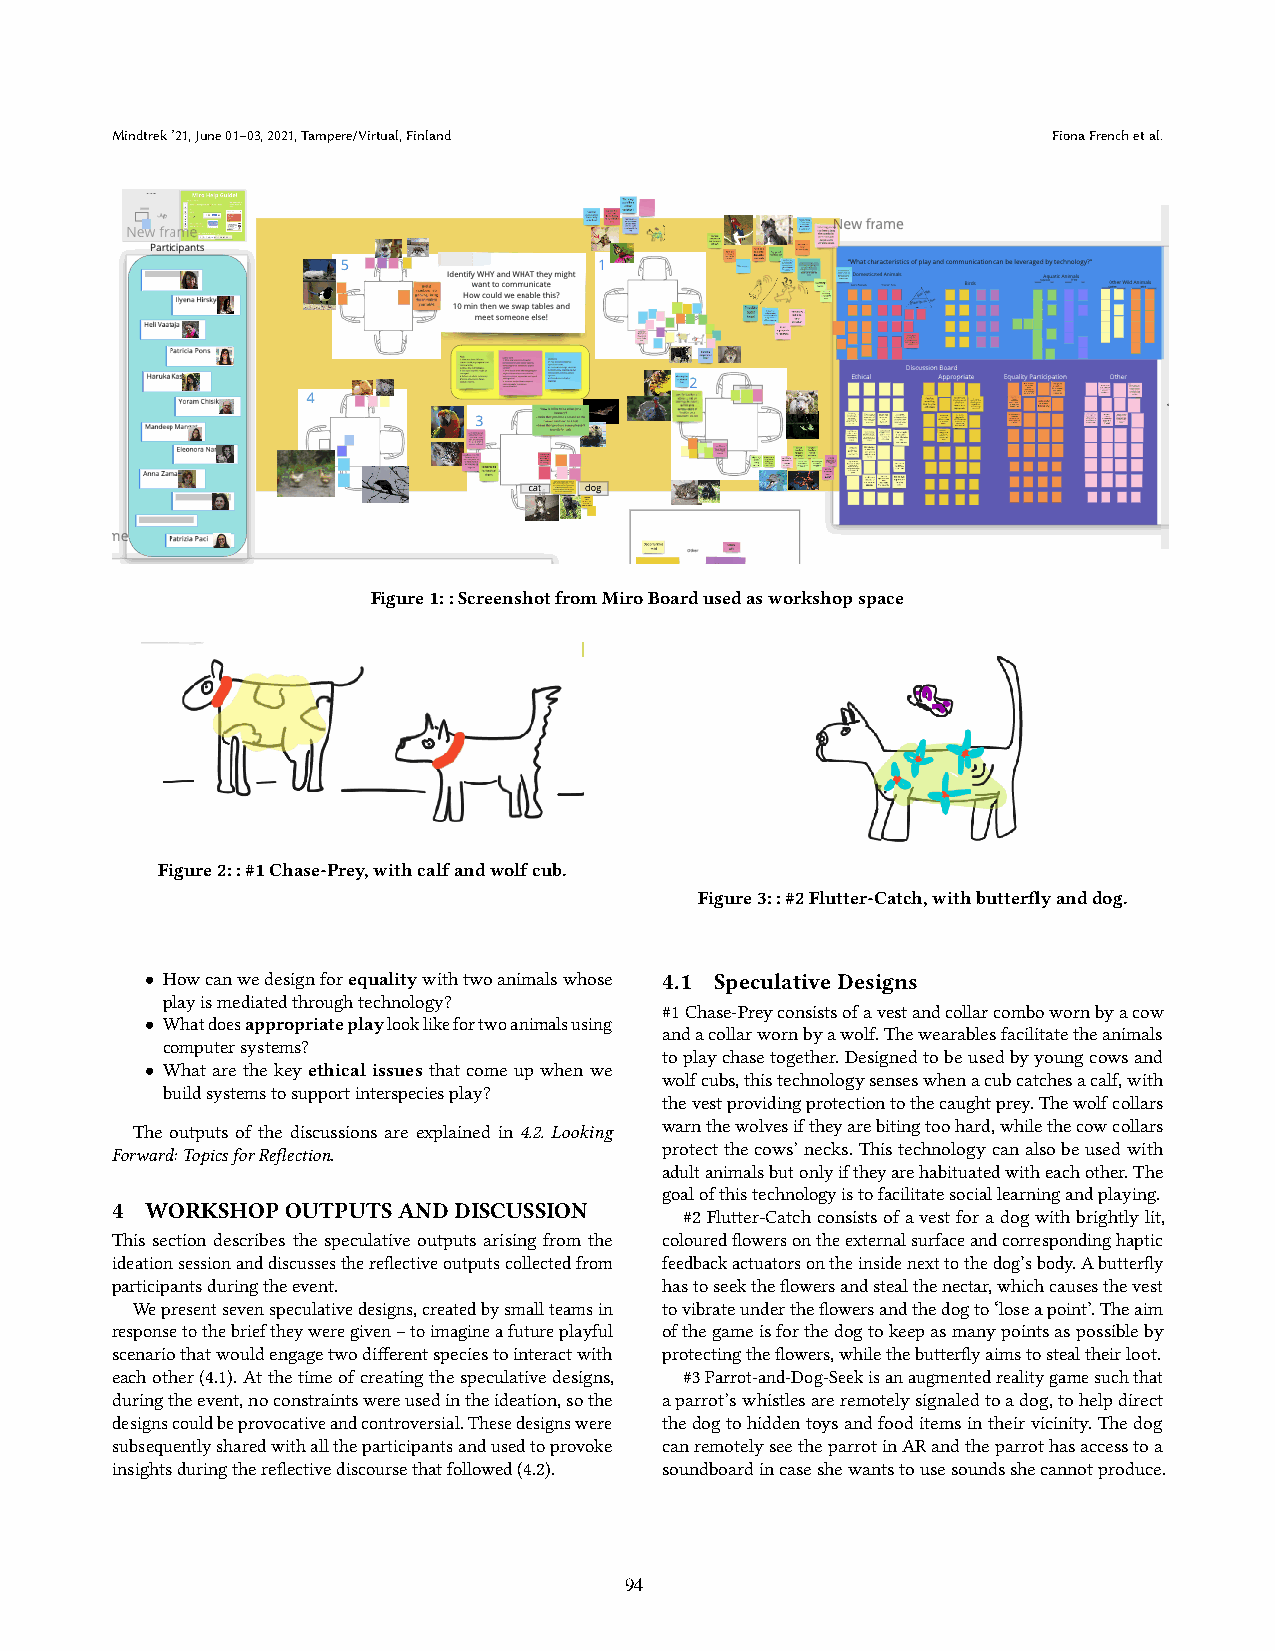
Mindtrek’21,June01–03,2021,Tampere/Virtual,Finland             FionaFrenchetal.
 Figure1::ScreenshotfromMiroBoardusedasworkshopspace
 Figure2::#1Chase-Prey,withcalfandwolfcub.
 Figure3::#2Flutter-Catch,withbutterflyanddog.
 • Howcanwedesignforequalitywithtwoanimalswhose 4.1 SpeculativeDesigns
 playismediatedthroughtechnology?
 #1Chase-Preyconsistsofavestandcollarcombowornbyacow
 • Whatdoesappropriateplaylooklikefortwoanimalsusing
 andacollarwornbyawolf.Thewearablesfacilitatetheanimals
 computersystems?
 toplaychasetogether.Designedtobeusedbyyoungcowsand
 • What are the key ethical issues that come up when we wolfcubs,thistechnologysenseswhenacubcatchesacalf,with
 buildsystemstosupportinterspeciesplay?
 thevestprovidingprotectiontothecaughtprey.Thewolfcollars
 The outputs of the discussions are explained in 4.2. Looking warnthewolvesiftheyarebitingtoohard,whilethecowcollars
 Forward:TopicsforReflection.         protectthecows’necks.Thistechnologycanalsobeusedwith
 adultanimalsbutonlyiftheyarehabituatedwitheachother.The
 goalofthistechnologyistofacilitatesociallearningandplaying.
 4  WORKSHOPOUTPUTSANDDISCUSSION       #2Flutter-Catchconsistsofavestforadogwithbrightlylit,
 This section describes the speculative outputs arising from the colouredflowersontheexternalsurfaceandcorrespondinghaptic
 ideationsessionanddiscussesthereflectiveoutputscollectedfrom feedbackactuatorsontheinsidenexttothedog’sbody.Abutterfly
 participantsduringtheevent.          hastoseektheflowersandstealthenectar,whichcausesthevest
 Wepresentsevenspeculativedesigns,createdbysmallteamsin tovibrateundertheflowersandthedogto‘loseapoint’.Theaim
 responsetothebrieftheyweregiven–toimagineafutureplayful ofthegameisforthedogtokeepasmanypointsaspossibleby
 scenariothatwouldengagetwodifferentspeciestointeractwith protectingtheflowers,whilethebutterflyaimstostealtheirloot.
 eachother(4.1).Atthetimeofcreatingthespeculativedesigns, #3Parrot-and-Dog-Seekisanaugmentedrealitygamesuchthat
 duringtheevent,noconstraintswereusedintheideation,sothe aparrot’swhistlesareremotelysignaledtoadog,tohelpdirect
 designscouldbeprovocativeandcontroversial.Thesedesignswere thedogtohiddentoysandfooditemsintheirvicinity.Thedog
 subsequentlysharedwithalltheparticipantsandusedtoprovoke canremotelyseetheparrotinARandtheparrothasaccesstoa
 insightsduringthereflectivediscoursethatfollowed(4.2). soundboardincaseshewantstousesoundsshecannotproduce.
 94